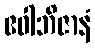
ဧဝါဘိဇာနံ